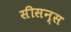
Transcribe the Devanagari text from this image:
सीसन्स